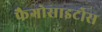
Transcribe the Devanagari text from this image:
फैगोसाइटोस